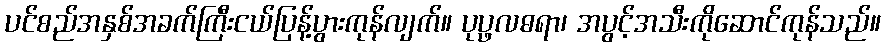
ပင်စည်အနှစ်အခက်ကြီးငယ်ပြန့်ပွားကုန်လျက်။ ပုပ္ဖလဓရာ၊ အပွင့်အသီးကိုဆောင်ကုန်သည်။